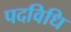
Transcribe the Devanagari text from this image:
पदविधि